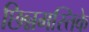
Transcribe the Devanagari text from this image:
छिन्नमस्तिके